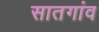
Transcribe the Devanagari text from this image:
सातगांव